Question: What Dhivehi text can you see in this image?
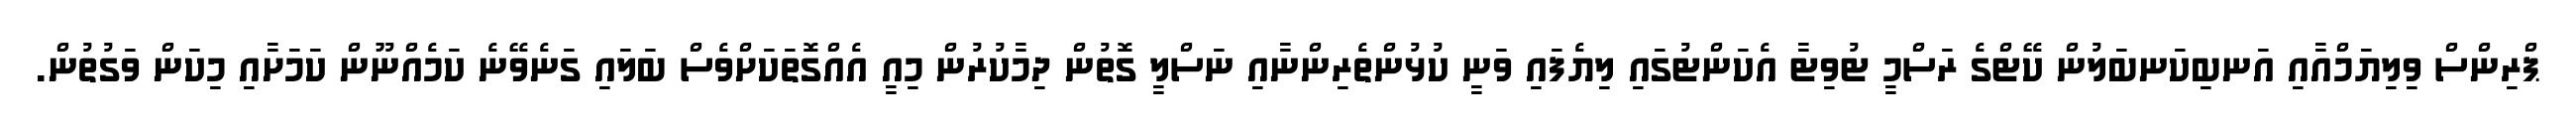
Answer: ޕްރިންސް ވިލިޔަމްއާއި އަނބިކަނބަލުން ކޭޓްގެ ރަސްމީ ޓުވިޓާ އެކަންޓުގައި ލިޔެފައި ވަނީ ކުޅުންތެރިންނާއި ނަސްލީ ގޮތުން ދިމާކުރުން މިއީ އެއްގޮތަކަށްވެސް ބަލައި ގަނެވޭނެ ކަމެއްނޫން ކަމަށާއި މިކަން ވަގުތުން.